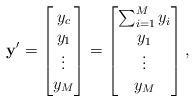
LaTeX: \begin{align*} \mathbf{y}'=\begin{bmatrix} y_c\\ y_1\\ \vdots\\ y_M \end{bmatrix}=\begin{bmatrix} \sum_{i=1}^{M} y_i\\ y_1\\ \vdots\\ y_M \end{bmatrix},\end{align*}